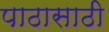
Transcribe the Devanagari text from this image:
पाठासाठी